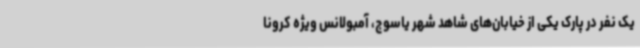
یک نفر در پارک یکی از خیابان‌های شاهد شهر یاسوج، آمبولانس ویژه کرونا